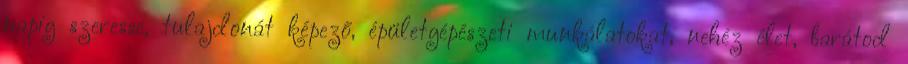
napig szeresse, tulajdonát képező, épületgépészeti munkálatokat, nehéz élet, barátod